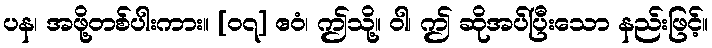
ပန၊ အဖို့တစ်ပါးကား။ [၀၇] ဧဝံ၊ ဤသို့။ ဝါ၊ ဤ ဆိုအပ်ပြီးသော နည်းဖြင့်။